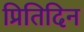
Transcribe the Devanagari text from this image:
प्रितिदिन